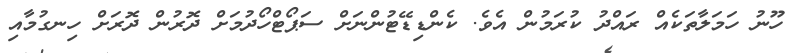
ހޫނު ހަމަލާތަކެއް ރައްދު ކުރަމުން އެވެ. ކެންޑިޑޭޓުންނަށް ސަޕޯޓްހޯދުމަށް ދޮރުން ދޮރަށް ހިނގުމާއި